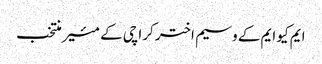
ایم کیو ایم کے وسیم اختر کراچی کے مئیر منتخب